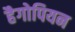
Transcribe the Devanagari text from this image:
हैगोपियन